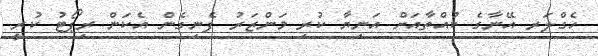
ހެގްލަރ އޭނާގެ ކުއްތާއަށް އަނިޔާ ކުރި މަންޒަރު ފެނިގެން އެކަން ރިޕޯޓު ކުރީ